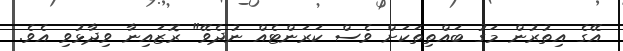
އޭގެ އިތުރުން މަގު ބައްތިތަކަށް ވެސް ކަރަންޓެއް ނުދެވޭ" ރޮޒައިނާ ވިދާޅުވި އެވެ.